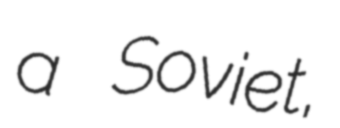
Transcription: a Soviet,